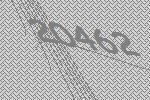
20462